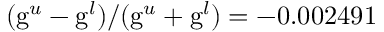
( \mathrm { g } ^ { u } - \mathrm { g } ^ { l } ) / ( \mathrm { g } ^ { u } + \mathrm { g } ^ { l } ) = - 0 . 0 0 2 4 9 1